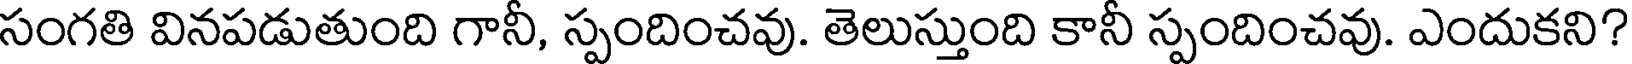
సంగతి వినపడుతుంది గానీ, స్పందించవు. తెలుస్తుంది కానీ స్పందించవు. ఎందుకని?